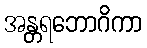
အန္တရဘောဂိကာ